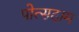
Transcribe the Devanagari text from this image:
पोत्सदाम